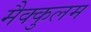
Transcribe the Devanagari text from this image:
मैक्कुलम